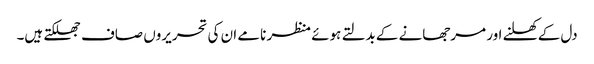
دل کے کھلنے اور مرجھانے کے بدلتے ہوئے منظر نامے ان کی تحریروں صاف جھلکتے ہیں۔